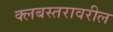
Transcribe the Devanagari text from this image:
क्लबस्तरावरील